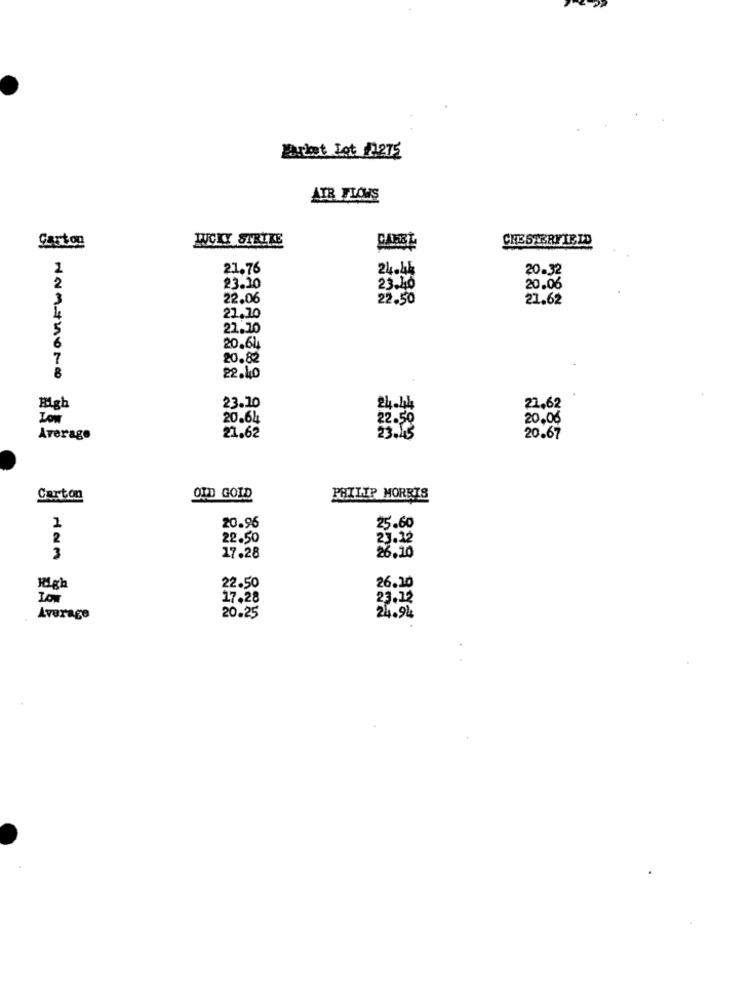
arbet Lot 1275
AIR FLOWS
Gaston
LUCKY STRIKE
CHESTERFIELD
21.76
24.46
20.32
2
23.10
23.40
20.06
22.06
22.50
21.62
21.10
21.10
20.64
7
20.82
8
WantMore
22.40
High
23.10
24.54
27,62
Low
20.64
22.50
20,06
Average
21.62
23.4
20.67
Carton
OID GOID
PHILIP MORRIS
1
20.96
25.60
2
22.50
23.12
3
17.28
26.10
26.10
High
22.50
Low
17.28
23.12
Average
20.25
24.94